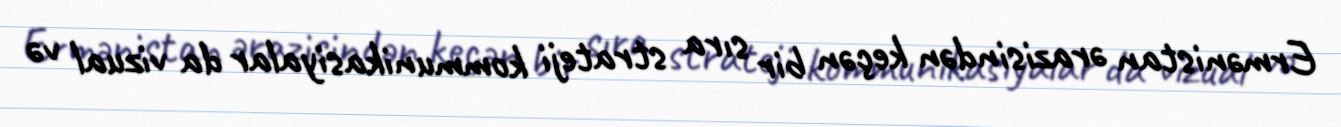
Ermənistan ərazisindən keçən bir sıra strateji kommunikasiyalar da vizual və